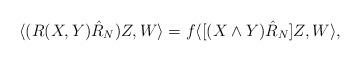
LaTeX: \begin{align*}\langle (R(X,Y)\hat{R}_{N})Z,W\rangle =f\langle \lbrack (X\wedge Y)\hat{R}_{N}]Z,W\rangle ,\end{align*}